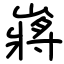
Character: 嶈